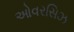
ઓવરસિઝ